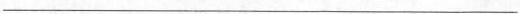
___